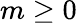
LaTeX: m\ge 0